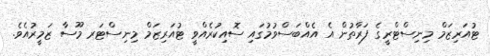
ޓުއަރިޒަމް މިނިސްޓްރީގެ ފަރާތުން އެ އެއްބަސްވުމުގައި ސޮއިކުރެއްވީ ޓުއަރިޒަމް މިނިސްޓަރ މޫސާ ޒަމީރުއެވެ.